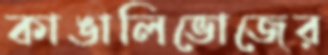
কাঙালিভোজের